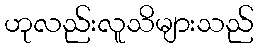
ဟုလည်းလူသိများသည်